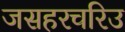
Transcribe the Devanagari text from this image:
जसहरचरिउ